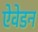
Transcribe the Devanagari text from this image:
ऐवेडन